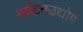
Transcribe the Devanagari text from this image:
पर्यटनउद्योग